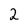
Character: 2